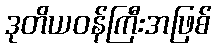
ဒုတိယဝန်ကြီးအဖြစ်